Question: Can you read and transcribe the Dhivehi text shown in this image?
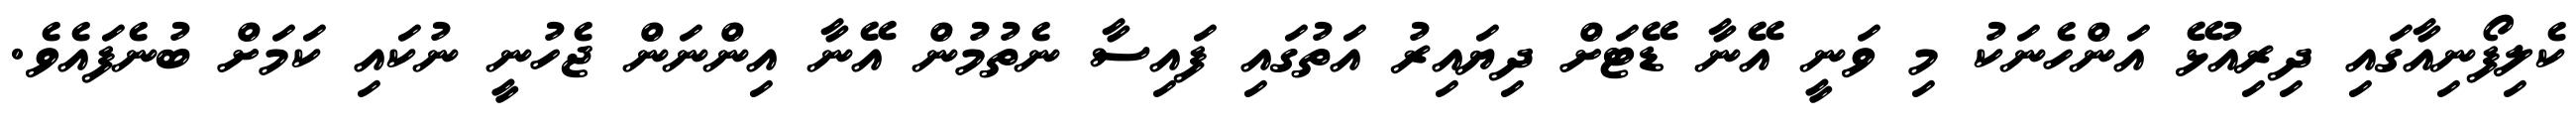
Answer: ކެލިފޯނިއާގައި ދިރިއުޅޭ އަންހެނަކު މި ވަނީ އޭނާ ޑޭޓަށް ދިޔައިރު އަތުގައި ފައިސާ ނެތުމުން އޭނާ އިންނަން ޖެހުނީ ނުކައި ކަމަށް ބުނެފައެވެ.